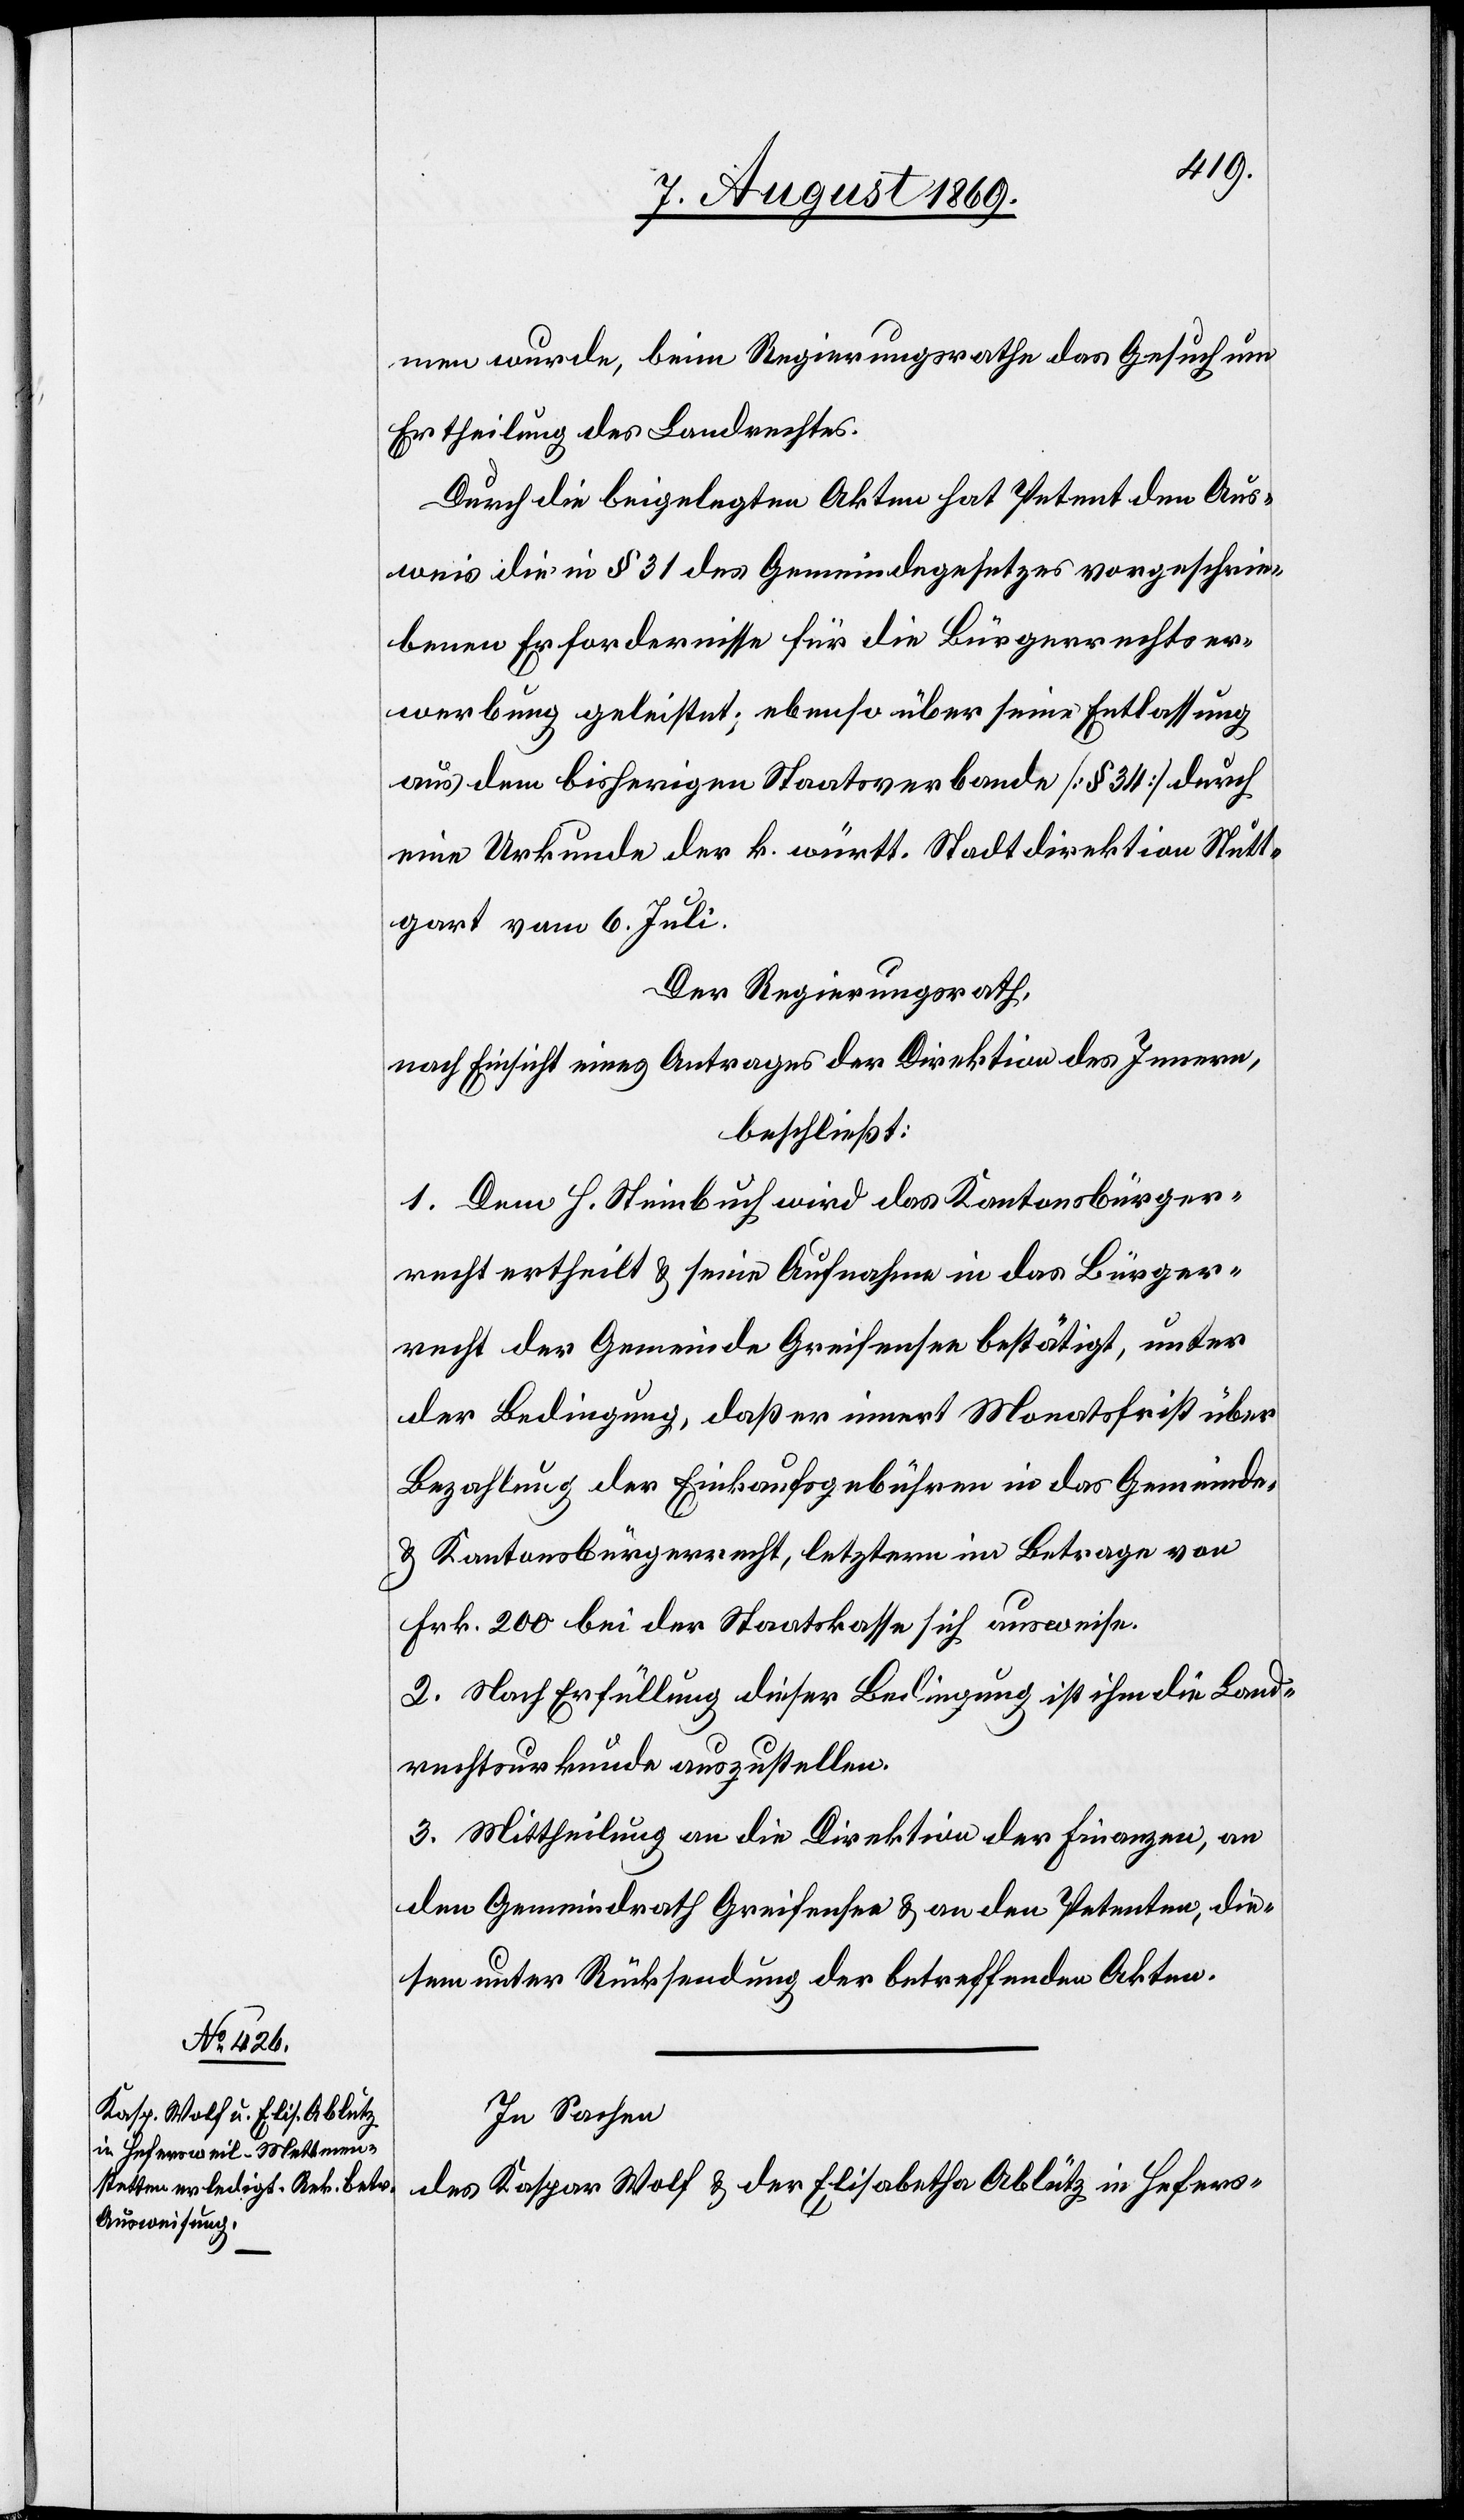
men wurde, beim Regierungsrathe das Gesuch um
Ertheilung des Landrechtes.
Durch die beigelegten Akten hat Petent den Aus¬
weis [für] die in § 31 des Gemeindegesetzes vorgeschrie¬
benen Erfordernisse für die Bürgerrechtser¬
werbung geleistet; ebenso über seine Entlassung
aus dem bisherigen Staatsverbande [§ 34] durch
eine Urkunde der k. württ. Stadtdirektion Stutt¬
gart vom 6 Juli.
Der Regierungsrath,
nach Einsicht eines Antrages der Direktion des Innern,
beschließt:
1. Dem H. Steinbruch wird das Kantonsbürger¬
recht ertheilt & seine Aufnahme in das Bürger¬
recht der Gemeinde Greifensee bestätigt, unter
der Bedingung, daß er innert Monatsfrist über
Bezahlung der Einkaufsgebühren in das Gemeinde-
& Kantonsbürgerrecht, letzterm im Betrage von
Frk. 200 bei der Staatskasse sich ausweise.
2. Nach Erfüllung dieser Bedingung ist ihm die Land¬
rechtsurkunde auszustellen.
3. Mittheilung an die Direktion der Finanzen, an
den Gemeindrath Greifensee & an den Petenten, die¬
sem unter Rücksendung der betreffenden Akten.
In Sachen
des Kaspar Wolf & der Elisabetha Ablutz in Hefers-